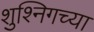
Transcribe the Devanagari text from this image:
शुश्निगच्या